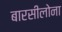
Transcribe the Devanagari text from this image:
बारसीलोना